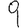
Digit: 9